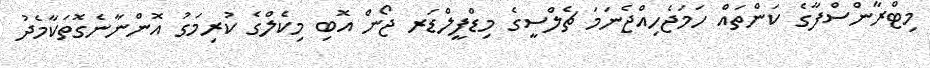
މިޓްރާންސްފާގެ ކަންތައް ހަމަޖެހިއްޖެނަމަ ޗެލްސީގެ މިޑްފީލްޑަރ ޖޯން އޮބި މިކެލްގެ ކުރިމަގު އޮންނާނެގޮތަކާމެދު